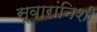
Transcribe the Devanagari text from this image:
स्वारांनिशी